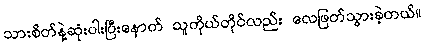
သားစိတ်နဲ့ဆုံးပါးပြီးနောက် သူကိုယ်တိုင်လည်း လေဖြတ်သွားခဲ့တယ်။